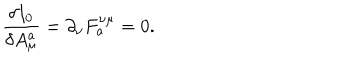
\frac { \delta I _ { 0 } } { \delta A _ { \mu } ^ { a } } = \partial _ { \nu } F _ { a } ^ { \nu \mu } = 0 .